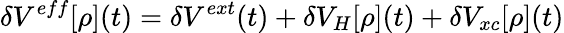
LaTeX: \delta V^{eff}[\rho](t)=\delta V^{ext}(t)+\delta V_{H}[\rho](t)+\delta V_{xc}[\rho](t)